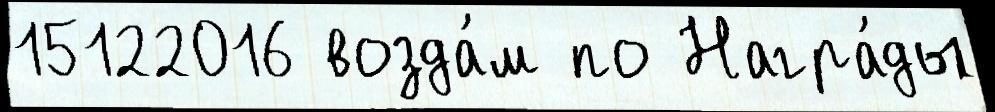
15122016 возда́м по Награ́ды